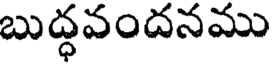
బుద్ధవందనము